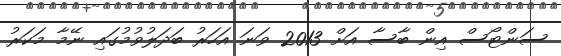
ސަންޓޯސް އިން ބާސާ އަށް 2013 ވަނަ އަހަރު ބަދަލުވުމުގައި ނޭމާ މަކަރު